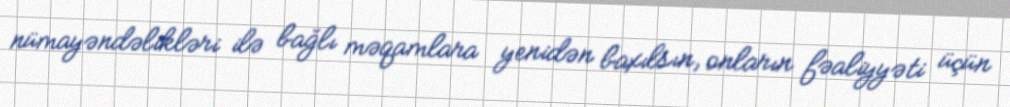
nümayəndəlikləri ilə bağlı məqamlara yenidən baxılsın, onların fəaliyyəti üçün